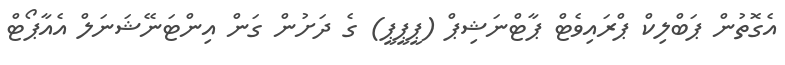
އެގޮތުން ޕަބްލިކް ޕްރައިވެޓް ޕާޓްނަޝިޕް (ޕީޕީޕީ) ގެ ދަށުން ގަން އިންޓަނޭޝަނަލް އެއާޕޯޓް